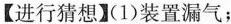
【进行猜想】（1）装置漏气；